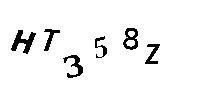
HT358Z